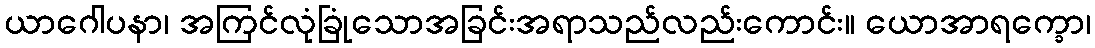
ယာဂေါပနာ၊ အကြင်လုံခြုံသောအခြင်းအရာသည်လည်းကောင်း။ ယောအာရက္ခော၊